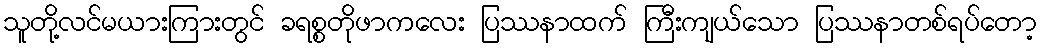
သူတို့လင်မယားကြားတွင် ခရစ္စတိုဖာကလေး ပြဿနာထက် ကြီးကျယ်သော ပြဿနာတစ်ရပ်တော့